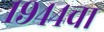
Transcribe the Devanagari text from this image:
१९४४चा